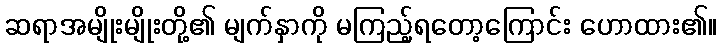
ဆရာအမျိုးမျိုးတို့၏ မျက်နှာကို မကြည့်ရတော့ကြောင်း ဟောထား၏။